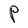
Character: P